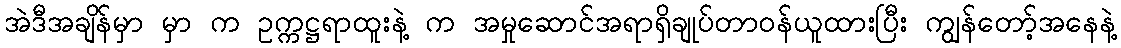
အဲဒီအချိန်မှာ မှာ က ဥက္ကဋ္ဌရာထူးနဲ့ က အမှုဆောင်အရာရှိချုပ်တာဝန်ယူထားပြီး ကျွန်တော့်အနေနဲ့